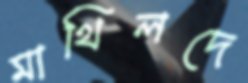
মাথিলদে